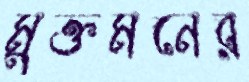
মুক্তমনের